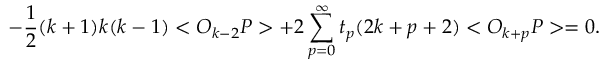
- \frac { 1 } { 2 } ( k + 1 ) k ( k - 1 ) < O _ { k - 2 } P > + 2 \sum _ { p = 0 } ^ { \infty } t _ { p } ( 2 k + p + 2 ) < O _ { k + p } P > = 0 .